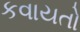
કવાયતો